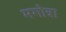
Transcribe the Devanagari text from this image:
मगोत्रा